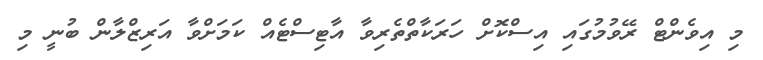
މި އިވެންޓް ރޭވުމުގައި އިސްކޮށް ހަރަކާތްތެރިވާ އާޓިސްޓެއް ކަަމަށްވާ އަރިޒްލާން ބުނީ މި